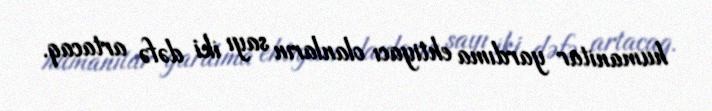
humanitar yardıma ehtiyacı olanların sayı iki dəfə artacaq.